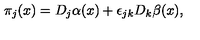
\pi _ { j } ( x ) = D _ { j } \alpha ( x ) + \epsilon _ { j k } D _ { k } \beta ( x ) ,